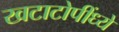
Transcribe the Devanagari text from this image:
खटाटोपींध्ये